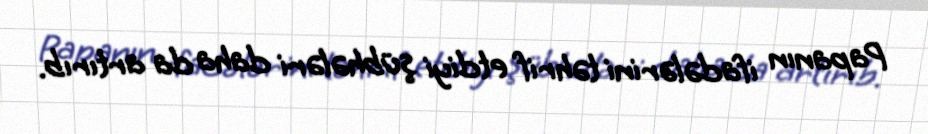
Papanın ifadələrini təhrif etdiyi şübhələri daha da artırıb.